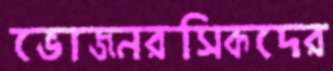
ভোজনরসিকদের